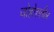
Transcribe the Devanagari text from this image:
जोहोरातील